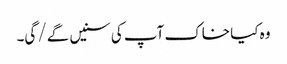
وہ کیا خاک آپ کی سنیں گے/ گی۔